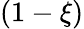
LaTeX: (1-\xi)